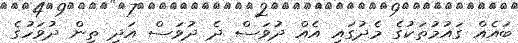
ބައެއް ގައުމުތަކުގެ މެދުގައި އެއް ދުވަސް ދެ ދުވަސް އަދި ތިން ދުވަހުގެ